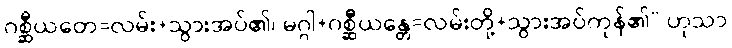
ဂစ္ဆီယတေ=လမ်း+သွားအပ်၏၊ မဂ္ဂါ+ဂစ္ဆီယန္တေ=လမ်းတို့+သွားအပ်ကုန်၏” ဟုသာ